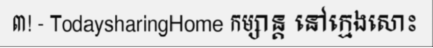
៣! - TodaysharingHome កម្សាន្ត នៅក្មេងសោះ